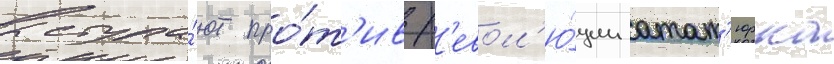
выступа́ют про́т'ив р'евол'ю́ции атат'юрка